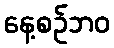
နေ့စဉ်ဘဝ